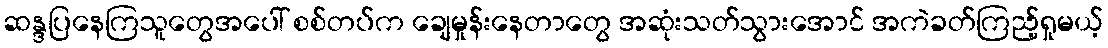
ဆန္ဒပြနေကြသူတွေအပေါ် စစ်တပ်က ချေမှုန်းနေတာတွေ အဆုံးသတ်သွားအောင် အကဲခတ်ကြည့်ရှုမယ့်